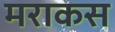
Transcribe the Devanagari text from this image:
मराकस